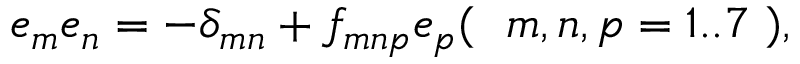
e _ { m } e _ { n } = - \delta _ { m n } + f _ { m n p } e _ { p } ( ~ { \ m , n , p = 1 . . 7 } ~ ) ,